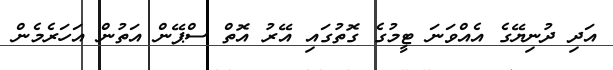
އަދި ދުނިޔޭގެ އެއްވަނަ ޓީމުގެ ގޮތުގައި އޭރު އޮތް ސްޕޭން އަތުން އަހަރެމެން